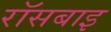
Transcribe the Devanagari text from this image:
रॉसबाइ